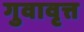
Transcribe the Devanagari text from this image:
गुवावृत्त